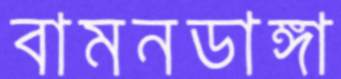
বামনডাঙ্গা